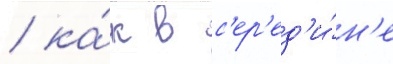
/ ка́к в с'ер'ед'и́н'е